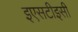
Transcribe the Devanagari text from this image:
इएसटीइसी